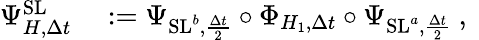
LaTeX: \begin{array}{rl}{\Psi_{H,\Delta t}^{\textrm{SL}}}&{{}:=\Psi_{\textrm{SL}^{b},\frac{\Delta t}{2}}\circ\Phi_{H_{1},\Delta t}\circ\Psi_{\textrm{SL}^{a},\frac{\Delta t}{2}}\mathrm{~,~}}\end{array}